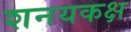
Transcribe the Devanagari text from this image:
शनयकक्ष